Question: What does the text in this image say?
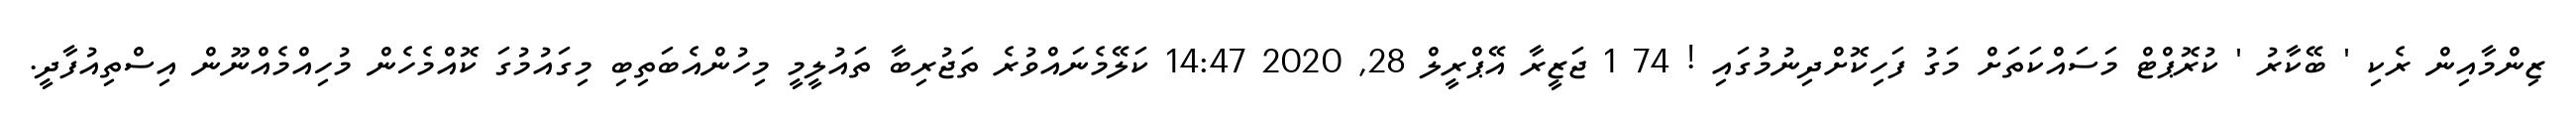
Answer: ޒިންމާއިން ރެކި ' ބޭކާރު ' ކުރޮޕްޓް މަސައްކަތަށް މަގު ފަހިކޮށްދިނުމުގައި ! 74 1 ޖަޒީރާ އޭޕްރީލް 28, 2020 14:47 ކަލޭމެނައްވުރެ ތަޖުރިބާ ތައުލީމީ މިހުންއެބަތިބި މިގައުމުގަ ކޮއްމެހެން މުހިއްމެއްނޫން އިސްތިއުފާދީ.